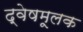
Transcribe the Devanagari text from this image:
द्वेषमूलक